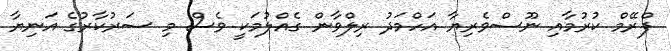
ފްރޭމް ކުރުމާއި ނޫސްވެރިޔާ އަހްމަދު ރިލްވާން ގެއްލުމަކީ ވެސް މި ސަރުކާރުގެ އަނިޔާ